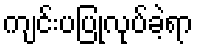
ကျင်းပပြုလုပ်ခဲ့ရာ